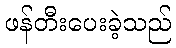
ဖန်တီးပေးခဲ့သည်